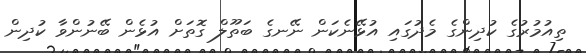
ތިއުމުރުގެ ކުދިންގެ މެދުގައި އުޅޭނެކަން ނޭނގެ ބަތޫލް ގޮތަށް އުޅެން ބޭނުންވާ ކުދިން